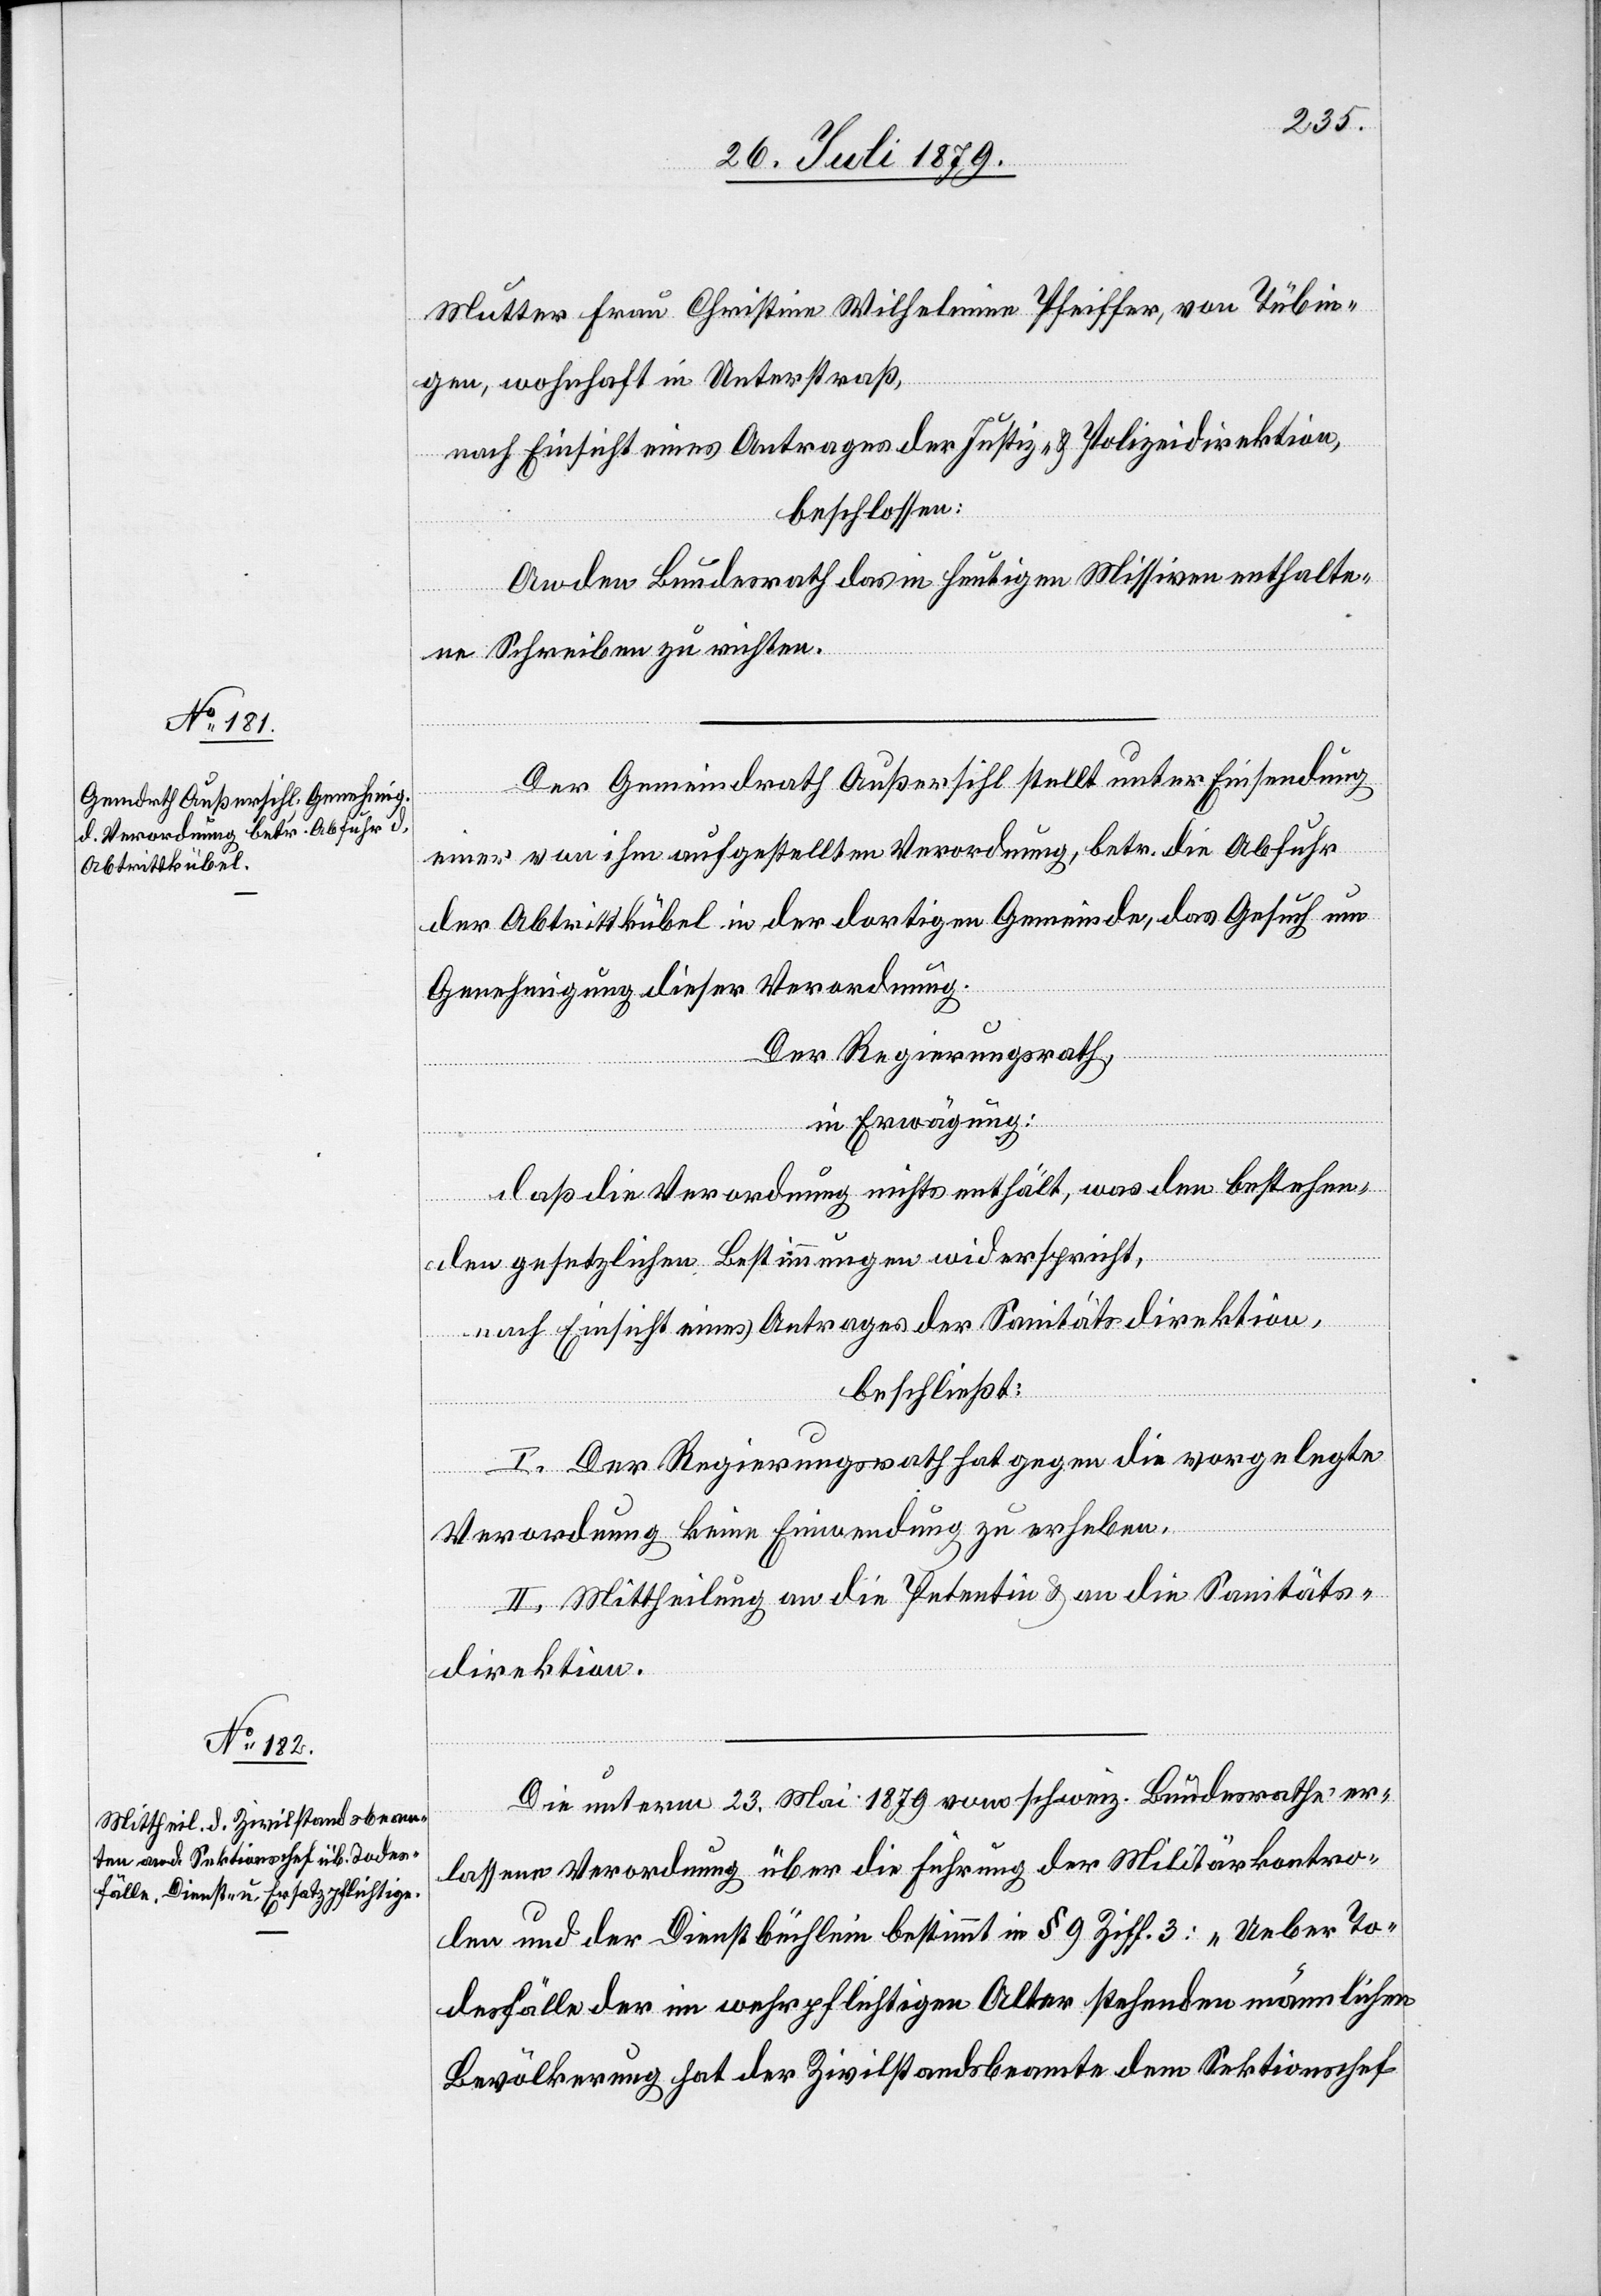
Mutter Frau Christine Wilhelmine Pfeiffer, von Tübin¬
gen, wohnhaft in Unterstraß,
nach Einsicht eines Antrages der Justiz- & Polizeidirektion,
beschlossen:
An den Bundesrath das im heutigen Missiven enthalte¬
ne Schreiben zu richten.
Der Gemeindrath Außersihl stellt unter Einsendung
einer von ihm aufgestellten Verordnung, betr. die Abfuhr
der Abtrittkübel in der dortigen Gemeinde, das Gesuch um
Genehmigung dieser Verordnung.
Der Regierungsrath,
in Erwägung:
daß die Verordnung nichts enthält, was den bestehen¬
den gesetzlichen Bestimmungen widerspricht,
nach Einsicht eines Antrages der Sanitätsdirektion,
beschließt:
I. Der Regierungsrath hat gegen die vorgelegte
Verordnung keine Einwendung zu erheben.
II. Mittheilung an die Petentin & an die Sanitäts¬
direktion.
Die unterm 23. Mai 1879 vom schweiz. Bundesrathe er¬
lassene Verordnung über die Führung der Militärkontro¬
llen und der Dienstbüchlein bestimmt in § 9 Ziff. 3: „Ueber To¬
desfälle der im wehrpflichtigen Alter stehenden männlichen
Bevölkerung hat der Zivilstandsbeamte dem Sektionschef